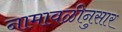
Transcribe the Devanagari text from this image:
नामावळीनुसार